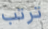
ترتب